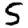
Digit: 5